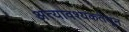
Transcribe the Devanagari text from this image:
अत्यावश्यकतेतून